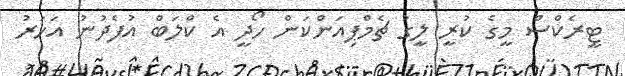
ޓީރެކްސް މީގެ ކުރީ ލީގު ޗެމްޕިއަންކަން ހޯދީ އެ ކްލަބް އުފެދުނު އަހަރު